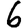
Digit: 6